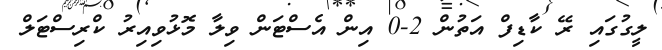
ލީގުގައި ރޭ ކާޑިފް އަތުން 2-0 އިން އެސްޓަން ވިލާ މޮޅުވިއިރު ކްރިސްޓަލް